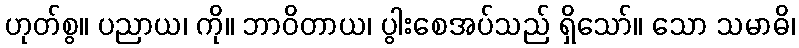
ဟုတ်စွ။ ပညာယ၊ ကို။ ဘာဝိတာယ၊ ပွါးစေအပ်သည် ရှိသော်။ သော သမာဓိ၊